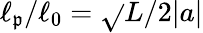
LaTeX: \ell_{\mathfrak{p}}/\ell_{0}=\sqrt{}{{L/2|a|}}